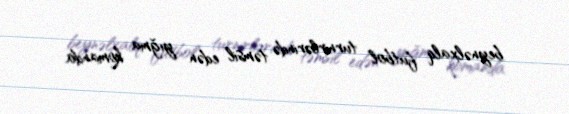
beynəlxalq futbol turnirlərində təmsil edən yığma komanda.